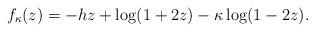
LaTeX: \begin{align*}f_{\kappa}(z) = -h z + \log(1+2z) -\kappa\log(1-2z).\end{align*}